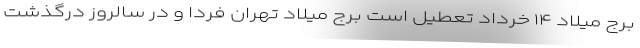
برج میلاد ۱۴ خرداد تعطیل است برج میلاد تهران فردا و در سالروز درگذشت